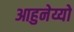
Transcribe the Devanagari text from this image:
आहुनेय्यो